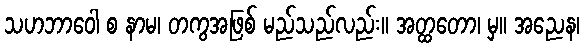
သဟဘာဝေါ စ နာမ၊ တကွအဖြစ် မည်သည်လည်း။ အတ္ထတော၊ မှ။ အညေန၊